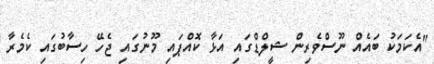
"އެކަމަކު ބައެއް ނޫސްވެރިން ޝީލްޑްގައި އަޅާ ކޮއްޕައި މޫނުގައި ޖެހޭ ހިސާބުގައި ކެމެރާ